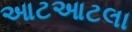
આટઆટલા